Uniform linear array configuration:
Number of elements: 16
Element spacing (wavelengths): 0.5
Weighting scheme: kaiser
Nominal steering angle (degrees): -15
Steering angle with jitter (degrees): -16.905
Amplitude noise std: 0.05
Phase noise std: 0.05

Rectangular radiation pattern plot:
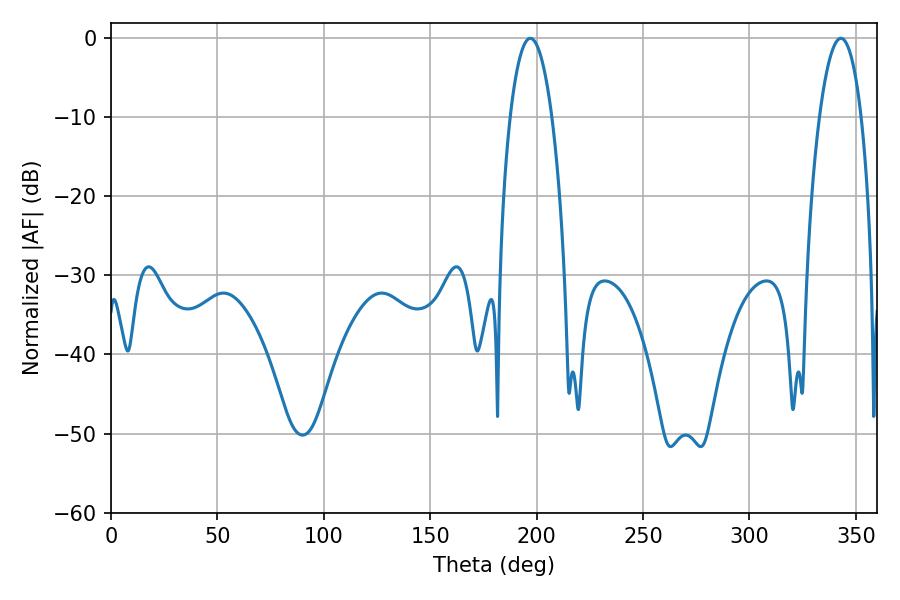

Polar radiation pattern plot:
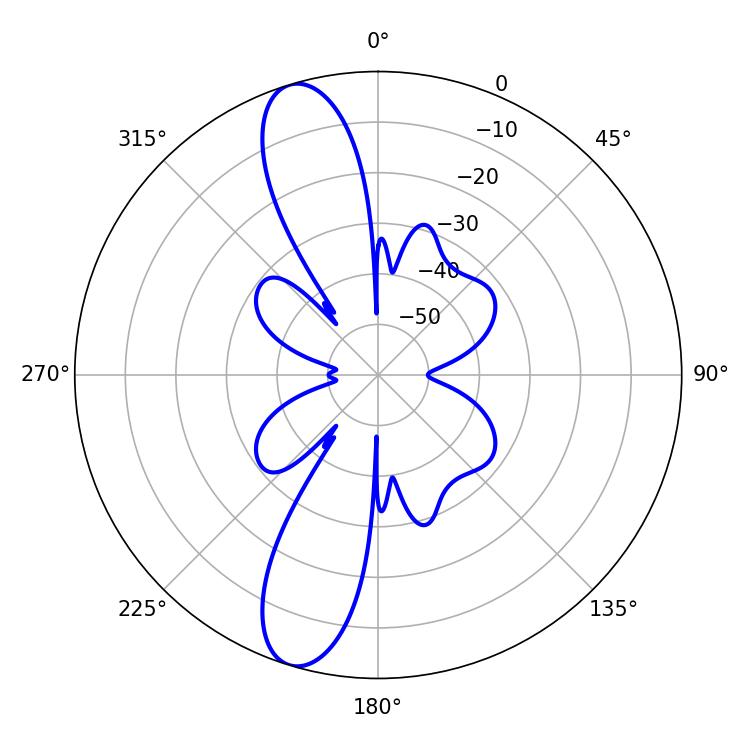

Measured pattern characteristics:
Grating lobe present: FALSE
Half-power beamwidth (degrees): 10.98
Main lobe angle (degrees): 197.1